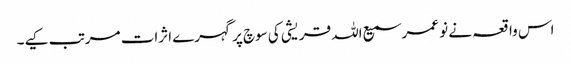
اس واقعہ نے نو عمر سمیع اللہ قریشی کی سوچ پر گہرے اثرات مرتب کیے۔